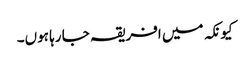
کیونکہ میں افریقہ جا رہا ہوں۔